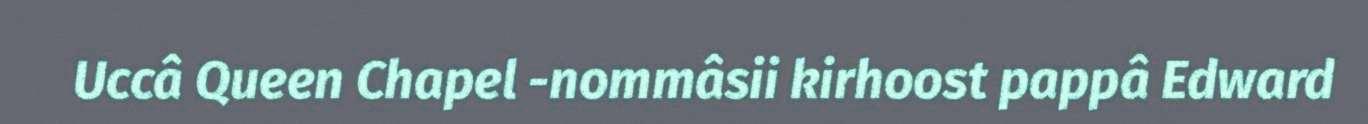
Uccâ Queen Chapel -nommâsii kirhoost pappâ Edward